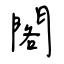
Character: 閣